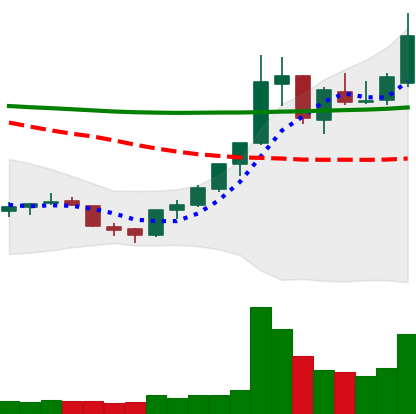
Ticker: XLM-USD
Chart end date: 2018-07-25
Forward return: -10.788%
Label: down_7plus